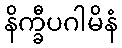
နိက္ခီပဂါမိနံ